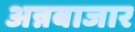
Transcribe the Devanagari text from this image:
अन्नबाजार